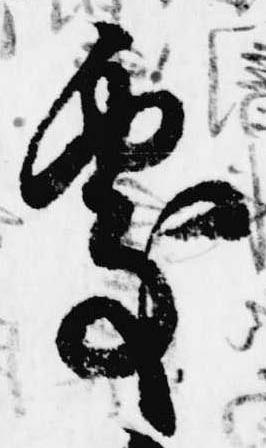
処